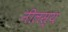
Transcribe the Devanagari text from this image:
नीलस्य